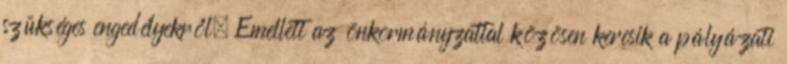
szükséges engedélyekről. Emellett az önkormányzattal közösen keresik a pályázati